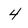
Character: 4